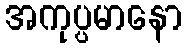
အကုပ္ပမာနော